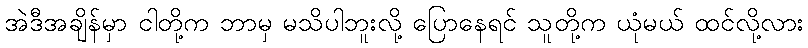
အဲဒီအချိန်မှာ ငါတို့က ဘာမှ မသိပါဘူးလို့ ပြောနေရင် သူတို့က ယုံမယ် ထင်လို့လား